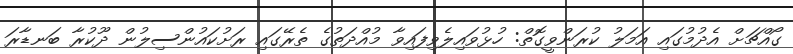
ގޯއްޗަށް އެދުމުގައި އަމަލު ކުރަންވީގޮތް: ހުޅުވައިލެވިފައިވާ މުއްދަތުގެ ތެރޭގައި ރަށުކައުންސިލުން ދޫކުރާ ބަނޑާރަ